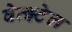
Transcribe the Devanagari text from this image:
वेत्झ्टेल